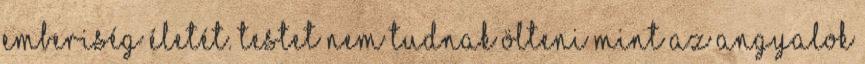
emberiség életét. Testet nem tudnak ölteni mint az angyalok